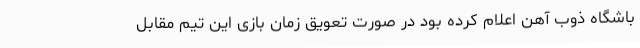
باشگاه ذوب آهن اعلام کرده بود در صورت تعویق زمان بازی این تیم مقابل